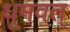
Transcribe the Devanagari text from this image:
धूमवत्